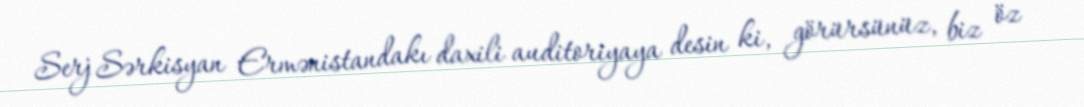
Serj Sərkisyan Ermənistandakı daxili auditoriyaya desin ki, görürsünüz, biz öz